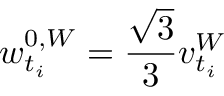
w _ { t _ { i } } ^ { 0 , W } = \frac { \sqrt { 3 } } { 3 } v _ { t _ { i } } ^ { W }